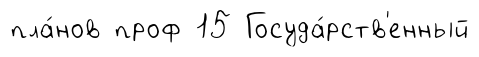
пла́нов проф 15 Госуда́рств'енный